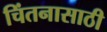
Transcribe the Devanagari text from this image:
चिंतनासाठी